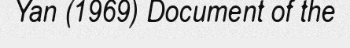
Yan (1969) Document of the